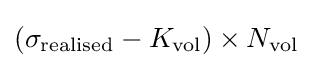
(\sigma _{\text{realised}}-K_{\text{vol}})\times N_{\text{vol}}